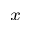
^ x